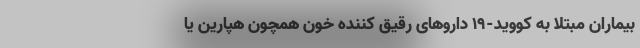
بیماران مبتلا به کووید-۱۹ داروهای رقیق کننده خون همچون هپارین یا